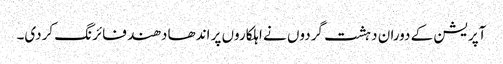
آپریشن کے دوران دہشت گردوں نے اہلکاروں پر اندھا دھند فائرنگ کردی۔